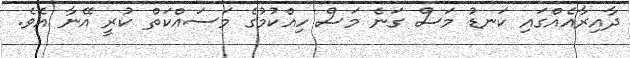
ދާއިރާއެއްގައި ކަނޑު މަސް ގަނެ މަސް ހިއްކުމުގެ މަސައްކަތް ކުރީ އޭނާ އެވެ.